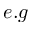
e . g